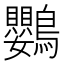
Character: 鸚